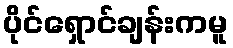
ပိုင်ရှောင်ချန်းကမူ